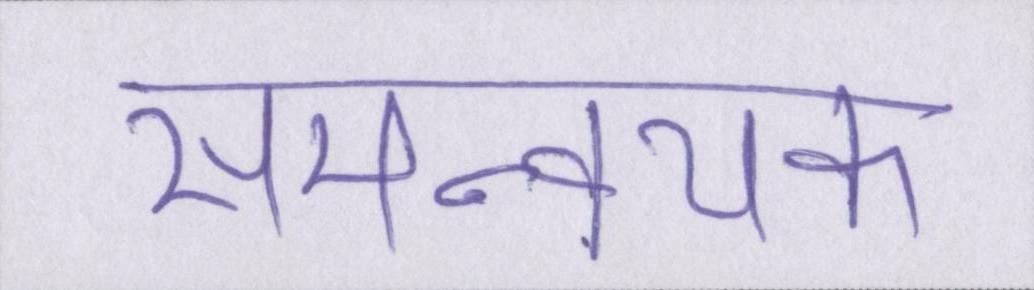
समन्वयक